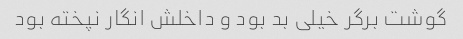
گوشت برگر خیلی بد بود و داخلش انگار نپخته بود